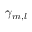
\gamma _ { m , l }